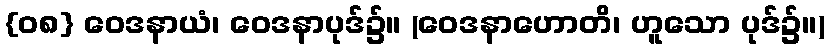
{၀၈} ဝေဒနာယံ၊ ဝေဒနာပုဒ်၌။ (ဝေဒနာဟောတိ၊ ဟူသော ပုဒ်၌။)